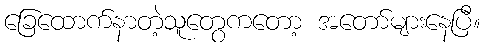
ခြေထောက်နာတဲ့သူတွေကတော့ အတော်များနေပြီ။